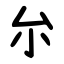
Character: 厼